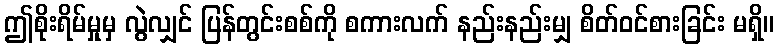
ဤစိုးရိမ်မှုမှ လွဲလျှင် ပြန်တွင်းစစ်ကို စကားလက် နည်းနည်းမျှ စိတ်ဝင်စားခြင်း မရှိ။